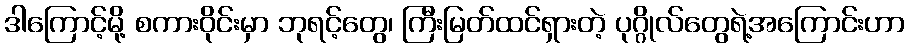
ဒါကြောင့်မို့ စကားဝိုင်းမှာ ဘုရင့်တွေ၊ ကြီးမြတ်ထင်ရှားတဲ့ ပုဂ္ဂိုလ်တွေရဲ့အကြောင်းဟာ